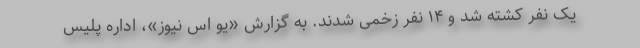
یک نفر کشته شد و ۱۴ نفر زخمی شدند. به گزارش «یو اس نیوز»، اداره پلیس